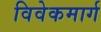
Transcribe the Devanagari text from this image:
विवेकमार्ग